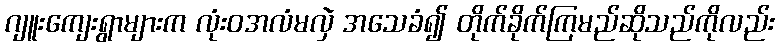
ဂျူးကျေးရွာများက လုံးဝအလံမလှဲ အသေခံ၍ တိုက်ခိုက်ကြမည်ဆိုသည်ကိုလည်း